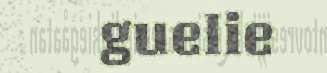
guelie